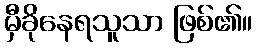
မှီခိုနေရသူသာ ဖြစ်၏။